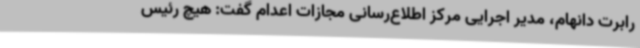
رابرت دانهام، مدیر اجرایی مرکز اطلاع‌رسانی مجازات اعدام گفت: هیچ رئیس